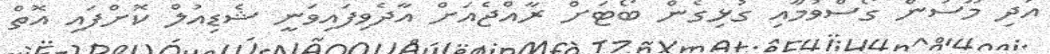
އަދި މޫސުން ގޯސްވުމާއި ގުޅިގެން ބޯޓަށް ރާއްޖެއަށް އާދެވިފައިވަނީ ޝެޑިއުލް ކޮށްފައި އޮތް